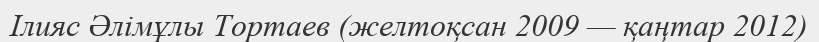
Ілияс Әлімұлы Тортаев (желтоқсан 2009 — қаңтар 2012)